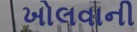
ખોલવાની